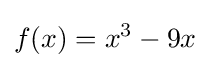
f(x)=x^{3}-9x